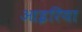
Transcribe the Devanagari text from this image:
आइरिया